Sketch of the medical history of the native army of Bombay, for the year
Year: 1875
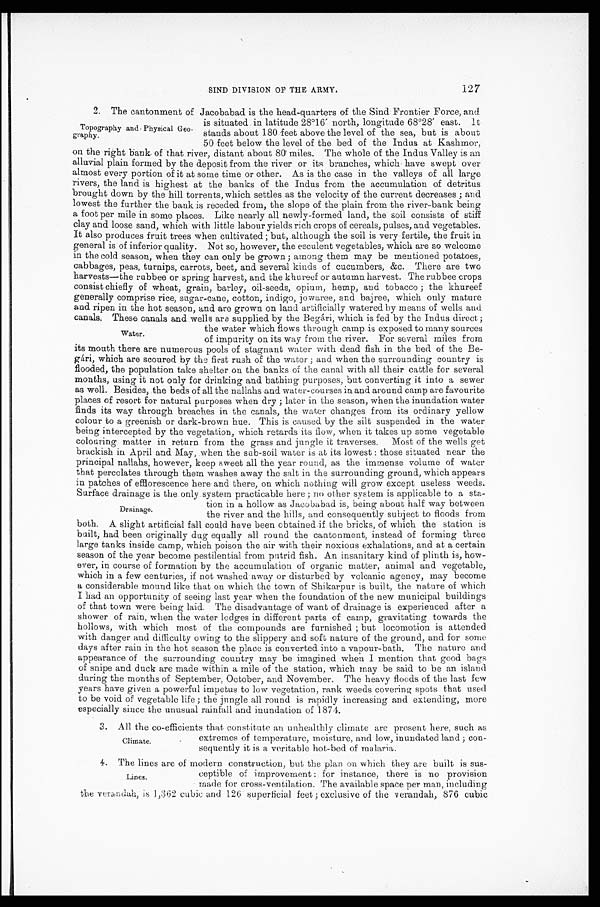
127
SIND DIVISION OF THE ARMY.
2. The cantonment of Jacobabad is the head-quarters of the Sind Frontier Force, and
is situated in latitude 28°16' north, longitude 68°28' east. It
stands about 180 feet above the level of the sea, but is about
50 feet below the level of the bed of the Indus at Kashmor,
on the right bank of that river, distant about 80 miles. The whole of the Indus Valley is an
alluvial plain formed by the deposit from the river or its branches, which have swept over
almost every portion of it at some time or other. As is the case in the valleys of all large
rivers, the land is highest at the banks of the Indus from the accumulation of detritus
brought down by the hill torrents, which settles as the velocity of the current decreases; and
lowest the further the bank is receded from, the slope of the plain from the river-bank being
a foot per mile in some places. Like nearly all newly-formed land, the soil consists of stiff
clay and loose sand, which with little labour yields rich crops of cereals, pulses, and vegetables.
It also produces fruit trees when cultivated; but, although the soil is very fertile, the fruit in
general is of inferior quality. Not so, however, the esculent vegetables, which are so welcome
in the cold season, when they can only be grown ; among them may be mentioned potatoes,
cabbages, peas, turnips, carrots, beet, and several kinds of cucumbers, &c. There are two
harvests—the rubbee or spring harvest, and the khureef or autumn harvest. The rubbee crops
consist chiefly of wheat, grain, barley, oil-seeds, opium, hemp, and tobacco; the khureef
generally comprise rice, sugar-cane, cotton, indigo, jowaree, and bajree, which only mature
and ripen in the hot season, and are grown on land artificially watered by means of wells and
canals, These canals and wells are supplied by the Begári, which is fed by the Indus direct ;
the water which flows through camp is exposed to many sources
of impurity on its way from the river. For several miles from
its mouth there are numerous pools of stagnant water with dead fish in the bed of the Be
-
gtri, which are scoured by the first rush of the water; and when the surrounding country is
flooded, the population take shelter on the banks of the canal with all their cattle for several
months, using it not only for drinking and bathing purposes, but converting it into a sewer
as well. Besides, the beds of all the nallahs and water-courses in and around camp are favourite
places of resort for natural purposes when dry; later in the season, when the inundation water
finds its way through breaches in the canals, the water changes from its ordinary yellow
colour to a greenish or dark-brown hue. This is caused by the silt suspended in the water
being intercepted by the vegetation, which retards its flow, when it takes up some vegetable
colouring matter in return from the grass and jungle it traverses. Most of the wells get
brackish in April and May, when the sob-soil water is at its lowest: those situated near the
principal nallahs, however, keep sweet all the year round, as the immense volume of water
that percolates through them washes away the salt in the surrounding ground, which appears
an patches of efflorescence here and there, on which nothing will grow except useless weeds.
Surface drainage is the only system practicable here; no other system is applicable to a sta
-
tion in a hollow as Jacobabad is, being about half way between
the river and the hills, and consequently subject to floods from
both. A slight artificial fall could have been obtained if the bricks, of which the station is
built, had been originally dug equally all round the cantonment, instead of forming three
large tanks inside camp, which poison the air with their noxious exhalations, and at a certain
season of the year become pestilential from putrid fish. An insanitary kind of plinth is, how
-
ever, in course of formation by the accumulation of organic matter, animal and vegetable,
which in a few centuries, if not washed away or disturbed by volcanic agency, may become
a considerable mound like that on which the town of Shikarpur is built, the nature of which
I had an opportunity of seeing last year when the foundation of the new municipal buildings
of that town were being laid. The disadvantage of want of drainage is experienced after a
shower of rain, when the water lodges in different parts of camp, gravitating towards the
hollows, with which most of the compounds are furnished ; but locomotion is attended
with danger and difficulty owing to the slippery and soft nature of the ground, and for some
days after rain in the hot season the place is converted into a vapour-bath. The nature and
appearance of the surrounding country may be imagined when I mention that good bags
of snipe and duck are made within a mile of the station, which may be said to be an island
during the months of September, October, and November. The heavy floods of the last few
years have given a powerful impetus to low vegetation, rank weeds covering spots that used
to be void of vegetable life ; the jungle all round is rapidly increasing and extending, more
especially since the unusual rainfall and inundation of 1874.
3. All the co-efficients that constitute an unhealthly climate are present here, such as
extremes of temperature, moisture, and low, inundated land; con
-
sequently it is a veritable hot-bed of malaria.
Topography and Physical Geo
- graphy.
Water.
Drainage.
Climate.
4. The lines are of modern construction, but the plan on which they are built is sus-
ceptible of improvement : for instance, there is no provision
made for cross-ventilation. The available space per man, including
the verandah, is 1,362 cubic and 126 superficial feet ; exclusive of the verandah, 876 cubic
Lines.